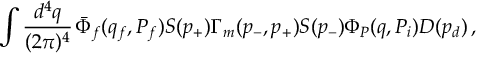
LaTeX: \int \frac { d ^ { 4 } q } { ( 2 \pi ) ^ { 4 } } \, \bar { \Phi } _ { f } ( q _ { f } , P _ { f } ) S ( p _ { + } ) \Gamma _ { m } ( p _ { - } , p _ { + } ) S ( p _ { - } ) \Phi _ { P } ( q , P _ { i } ) D ( p _ { d } ) \, ,